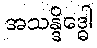
အသန္ဒိဒ္ဓေါ